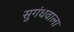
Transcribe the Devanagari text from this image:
सुगंधवाला